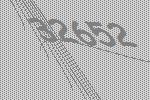
32652